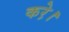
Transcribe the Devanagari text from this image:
करे़।